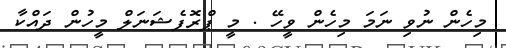
މިހެން ނުވި ނަމަ މިހެން ވީހޭ . މީ ޕްރޮފެޝަނަލް މީހުން ދައްކާ